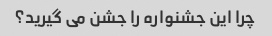
چرا این جشنواره را جشن می گیرید؟